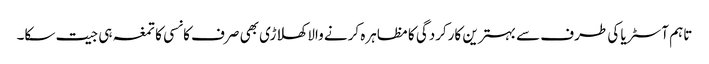
تاہم آسٹریا کی طرف سے بہترین کارکردگی کا مظاہرہ کرنے والا کھلاڑی بھی صرف کانسی کا تمغہ ہی جیت سکا۔